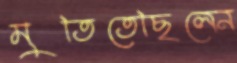
মুতিতেছিলেন